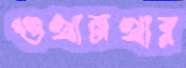
ওখানখার